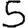
Digit: 5